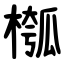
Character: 槬